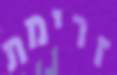
זרימת